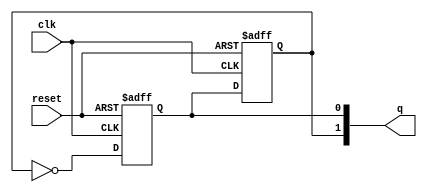
module dual_stage_johnson_counter (
    input wire clk,      // Clock signal
    input wire reset,    // Asynchronous reset signal
    output reg [1:0] q   // 2-bit output representing the current state
);

// Internal signals for the flip-flops
reg d0, d1;

// Process for the Johnson Counter
always @(posedge clk or posedge reset) begin
    if (reset) begin
        // Initialization
        d0 <= 1'b0; // Set D0 to 0
        d1 <= 1'b0; // Set D1 to 0
    end else begin
        // State transition
        d0 <= ~d1;  // D0 gets the inverted value of D1
        d1 <= d0;   // D1 gets the current value of D0
    end
end

// Assign the outputs
always @(*) begin
    q[0] = d0; // Output Q0
    q[1] = d1; // Output Q1
end

endmodule